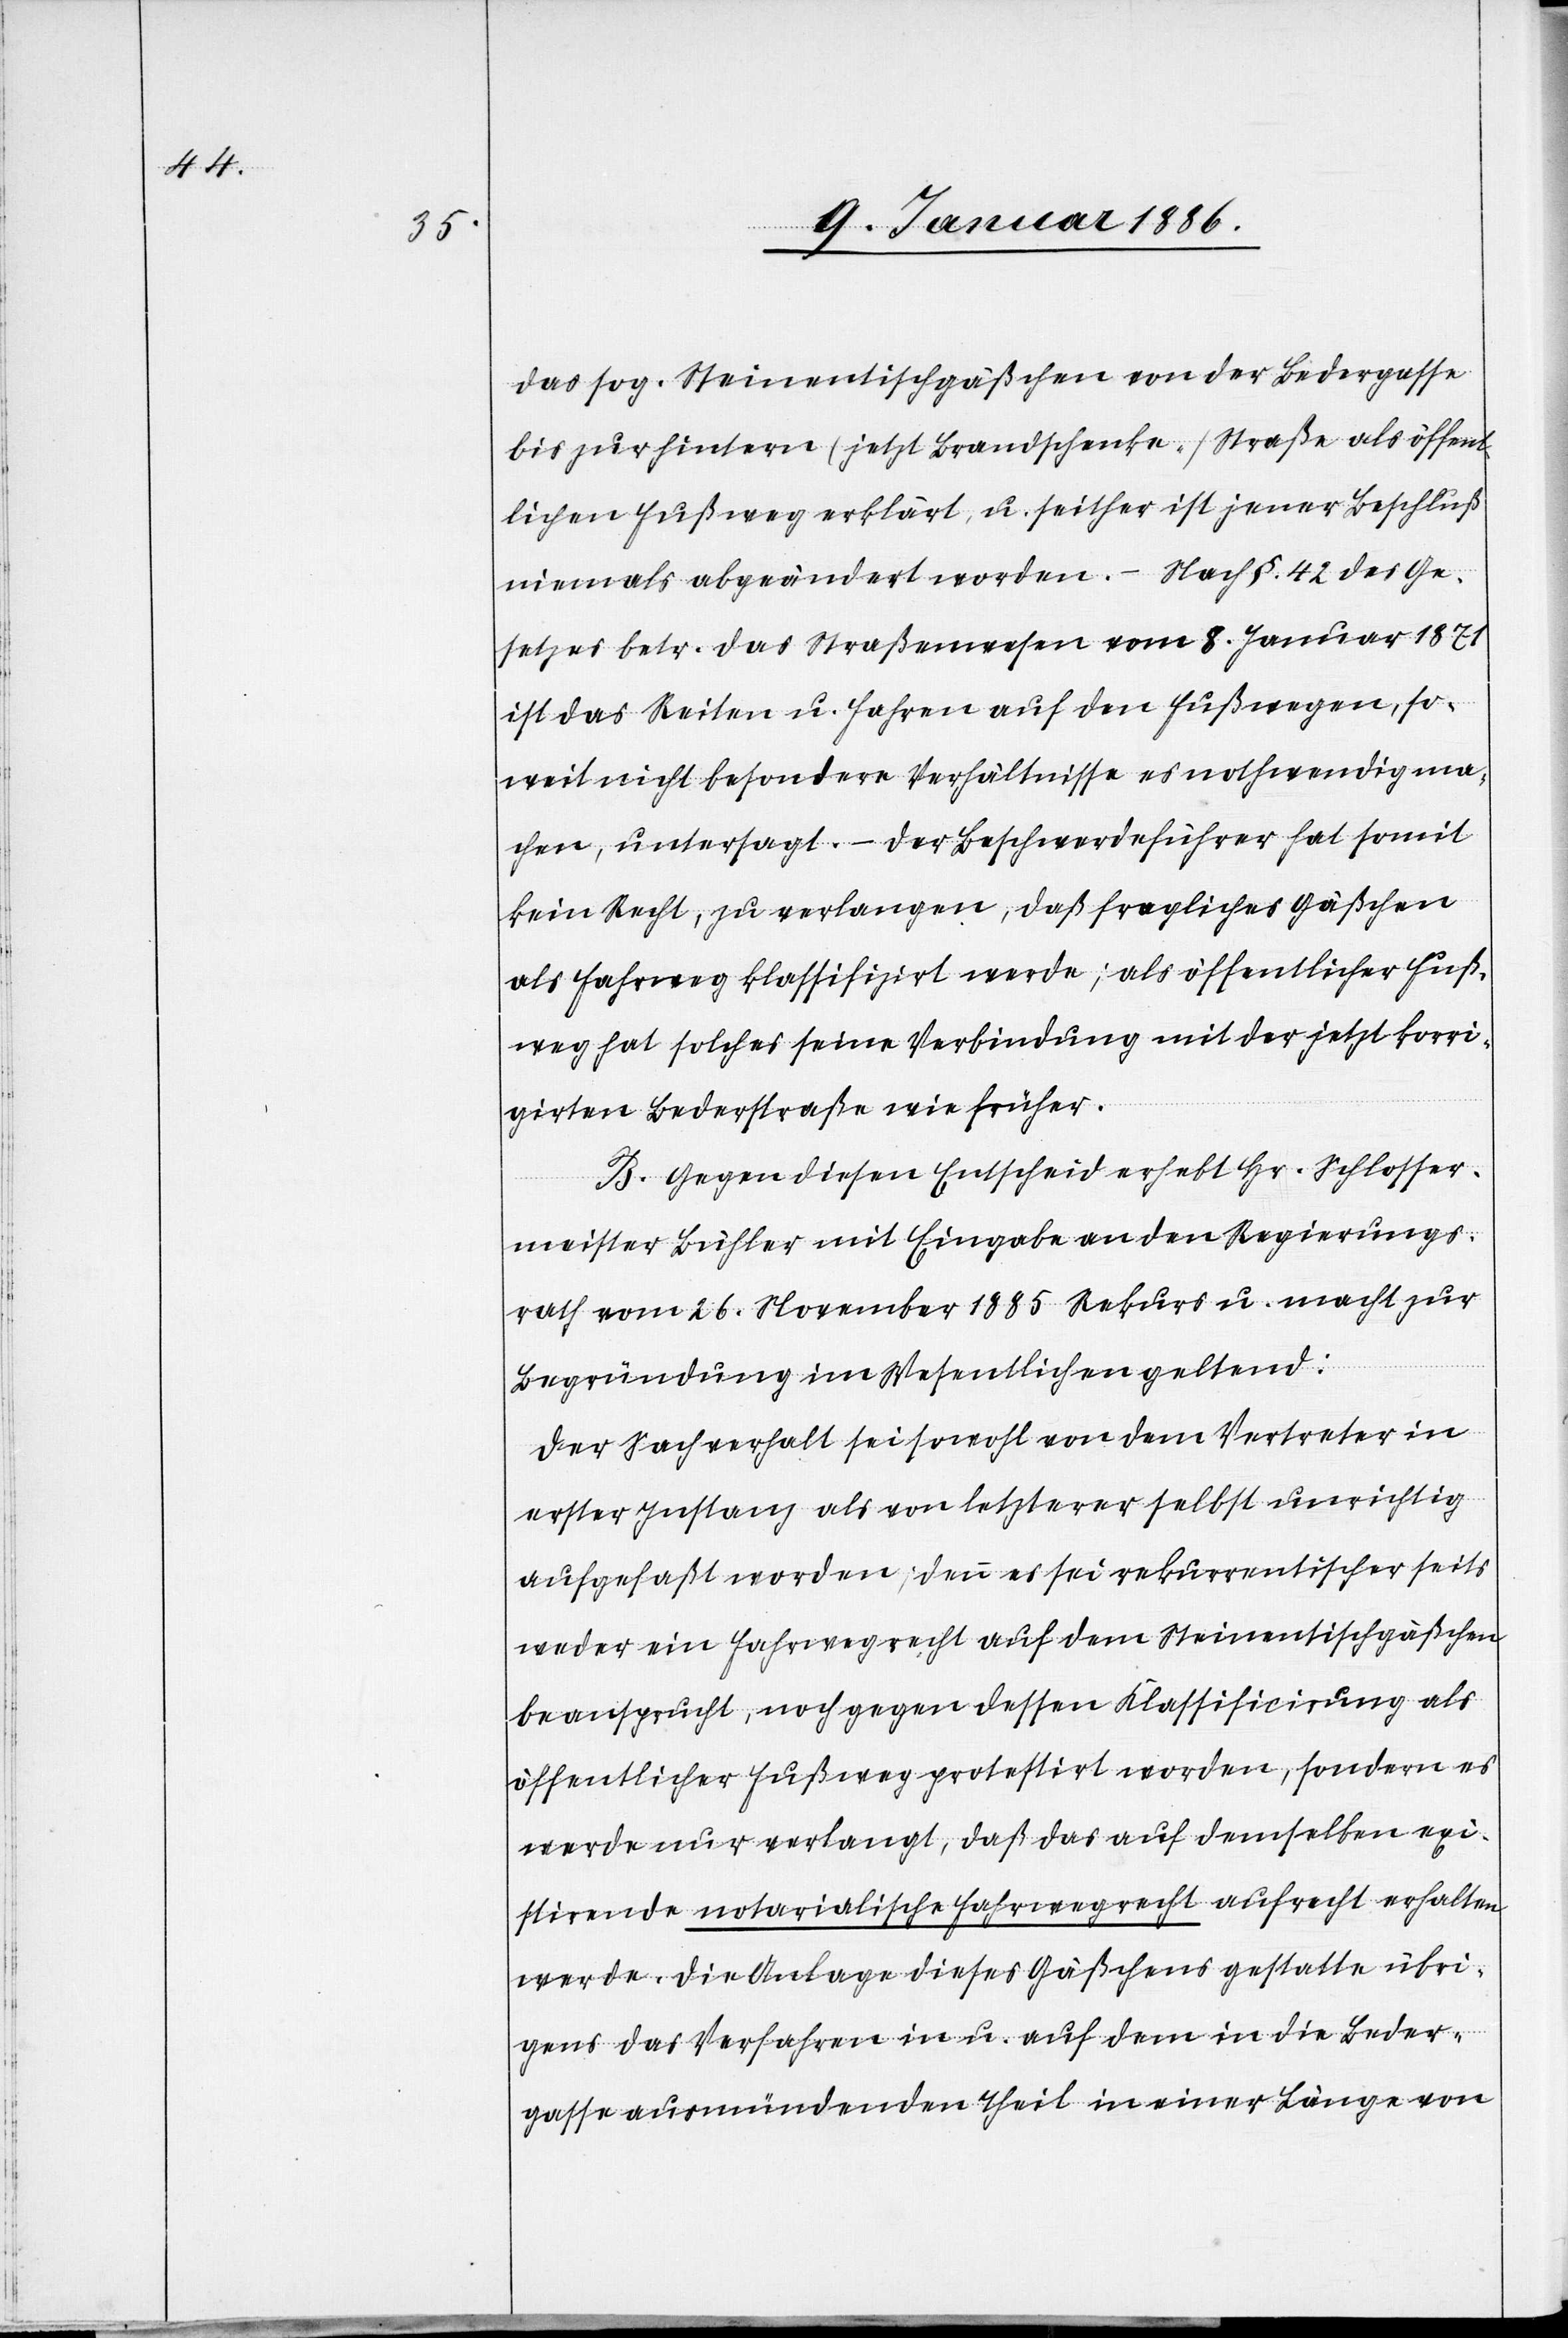
das sog. Steinentischgäßchen von der Bedergasse
bis zur hintern (jetzt Brandschenk-) Straße als öffent¬
lichen Fußweg erklärt, u. seither ist jener Beschluß
niemals abgeändert worden. – Nach §. 42 des Ge¬
setztes betr. das Straßenwesen vom 8. Januar 1872
ist das Reiten u. Fahren auf den Fußwegen, so¬
weit nicht besondere Verhältnisse es nothwendig ma¬
chen, untersagt. – Der Beschwerdeführer hat somit
kein Recht, zu verlangen, daß fragliches Gäßchen
als Fahrweg klassifizirt werde; als öffentlicher Fuß¬
weg hat solches keine Verbindung mit der jetzt korri¬
girten Bederstraße wie früher.
B. Gegen diesen Entscheid erhebt Hr. Schlosser¬
meister Bühler mit Eingabe an den Regierungs¬
rath vom 26. November 1885 Rekurs u. macht zur
Begründung im Wesentlichen geltend:
Der Sachverhalt sei sowol von dem Petenten in
erster Instanz als von letzterer selbst unrichtig
aufgefaßt worden; denn es sei rekurrentischerseits
weder ein Fahrrecht auf dem Steinentischgäßchen
beansprucht, noch gegen dessen Klassifikation als
öffentlicher Fußweg protestirt worden, sondern es
werde nur verlangt, daß das auf demselben exi¬
stirende notarialische Fahrrecht aufrecht erhalten
werde. Die Anlage dieses Gäßchens gestatte übri¬
gens das Befahren in u. auf dem in die Beder¬
gasse ausmündenden Theil in einer Länge von